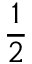
\frac 1 2